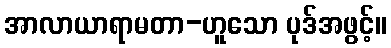
အာလာယာရာမတာ-ဟူသော ပုဒ်အဖွင့်။